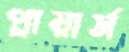
প্লায়ার্স